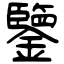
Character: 鑒